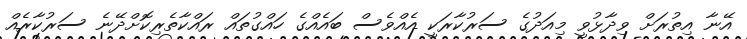
އޭނާ އިތުރަށް ވިދާޅުވީ މިއަދުގެ ސަރުކާރަކީ އެއްވެސް ބައެއްގެ ހައްގުތައް ރައްކާތެރިކޮށްދޭނެ ސަރުކާރެއް